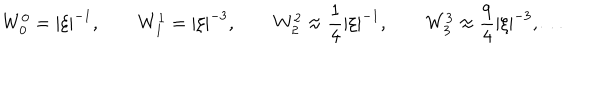
W _ { 0 } ^ { 0 } = | \xi | ^ { - 1 } , \qquad W _ { 1 } ^ { 1 } = | \xi | ^ { - 3 } , \qquad W _ { 2 } ^ { 2 } \approx \frac 1 4 | \xi | ^ { - 1 } , \qquad W _ { 3 } ^ { 3 } \approx \frac 9 4 | \xi | ^ { - 3 } , \ldots